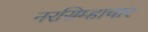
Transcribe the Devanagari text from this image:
नरसिम्हाचार